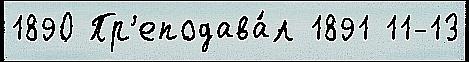
1890 Пр'еподава́л 1891 11-13